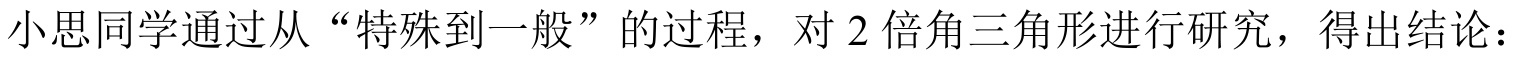
小思同学通过从“特殊到一般”的过程，对 \(2\) 倍角三角形进行研究，得出结论：